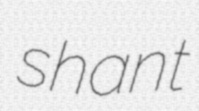
shant